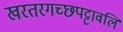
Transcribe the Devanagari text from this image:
खरतरगच्छपट्टावलि